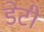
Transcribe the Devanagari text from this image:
डेटी